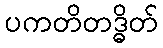
ပကတိတဒ္ဓိတ်